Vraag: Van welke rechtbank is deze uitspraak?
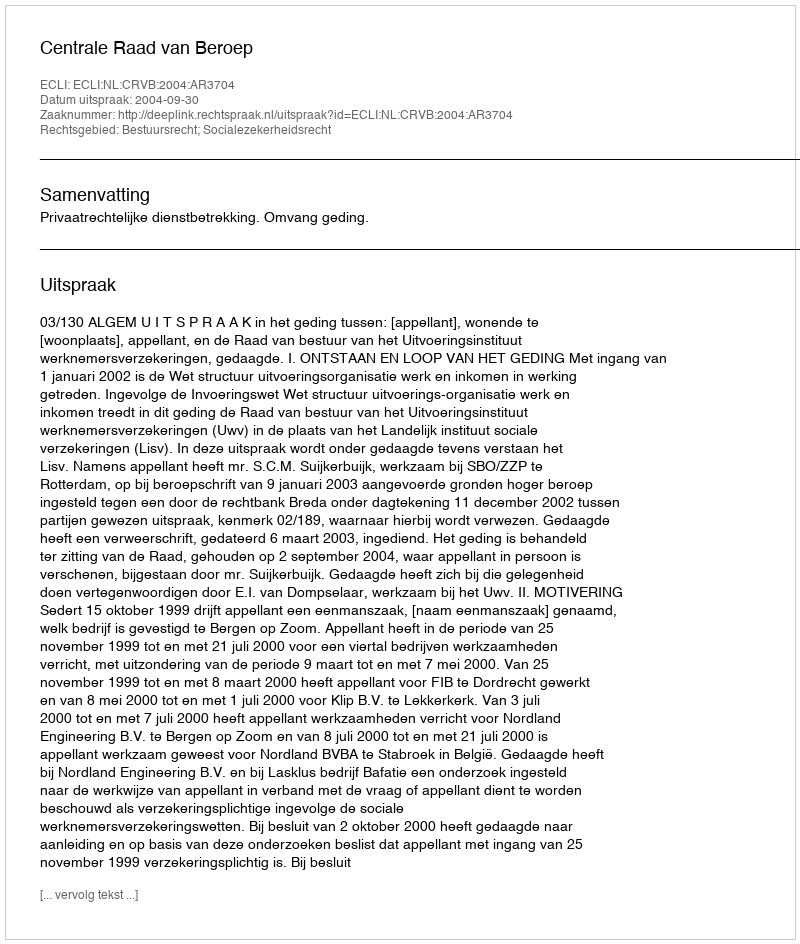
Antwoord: Centrale Raad van Beroep